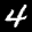
Label: 4